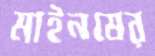
মাইনষের